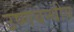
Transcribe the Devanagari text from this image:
उष्णबन्धीय